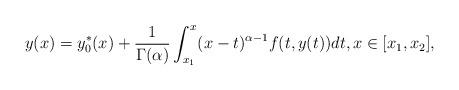
LaTeX: \begin{align*} y(x)=y_{0}^{*}(x)+\frac{1}{\Gamma(\alpha)}\int_{x_1}^{x}(x-t)^{\alpha-1}f(t,y(t))dt, x\in[x_1,x_2],\end{align*}